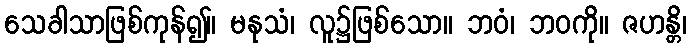
သေခါသာဖြစ်ကုန်၍။ မနုသံ၊ လူ၌ဖြစ်သော။ ဘဝံ၊ ဘဝကို။ ဇဟန္တိ၊